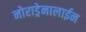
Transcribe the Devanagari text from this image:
नोराड्रेनालाईन